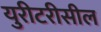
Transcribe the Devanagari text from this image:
युरीटरीसील